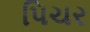
પિચર